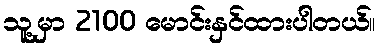
သူ့မှာ 2100 မောင်းနှင်ထားပါတယ်။